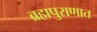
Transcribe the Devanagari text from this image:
ब्रह्मपुराणात